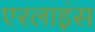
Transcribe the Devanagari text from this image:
एरलाइंस